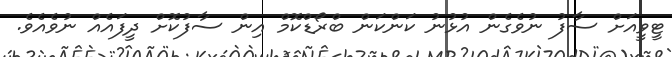
ޓީވީއަށް ސާފު ނުވެގެން އުޅުނު ކަންކަން ބްރޯޑްކޮމް އިން ސާފުކޮށް ދީފައެއް ނުވެއެވެ.